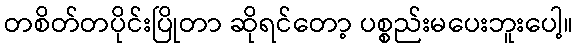
တစိတ်တပိုင်းပြိုတာ ဆိုရင်တော့ ပစ္စည်းမပေးဘူးပေါ့။